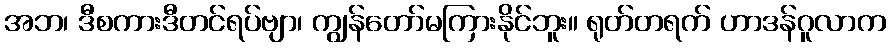
အဘ၊ ဒီစကားဒီတင်ရပ်ဗျာ၊ ကျွန်တော်မကြားနိုင်ဘူး။ ရုတ်တရက် ဟာဒန်ဂူလာက